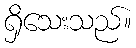
ရှိသေးသည်။